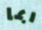
ربما